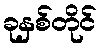
ခုနှစ်တိုင်